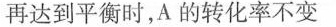
再达到平衡时，A的转化率不变